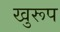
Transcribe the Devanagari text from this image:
खुरूप